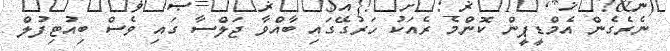
ނެރެެގެން އެމްޑީޕީން ކޮންމެ ރެއަކު ހަރުގޭގައި ބާއްވާ ޖަލްސާ ގައި ވެސް ބިއުޓިފުލް